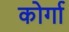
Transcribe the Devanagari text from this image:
कोर्गा